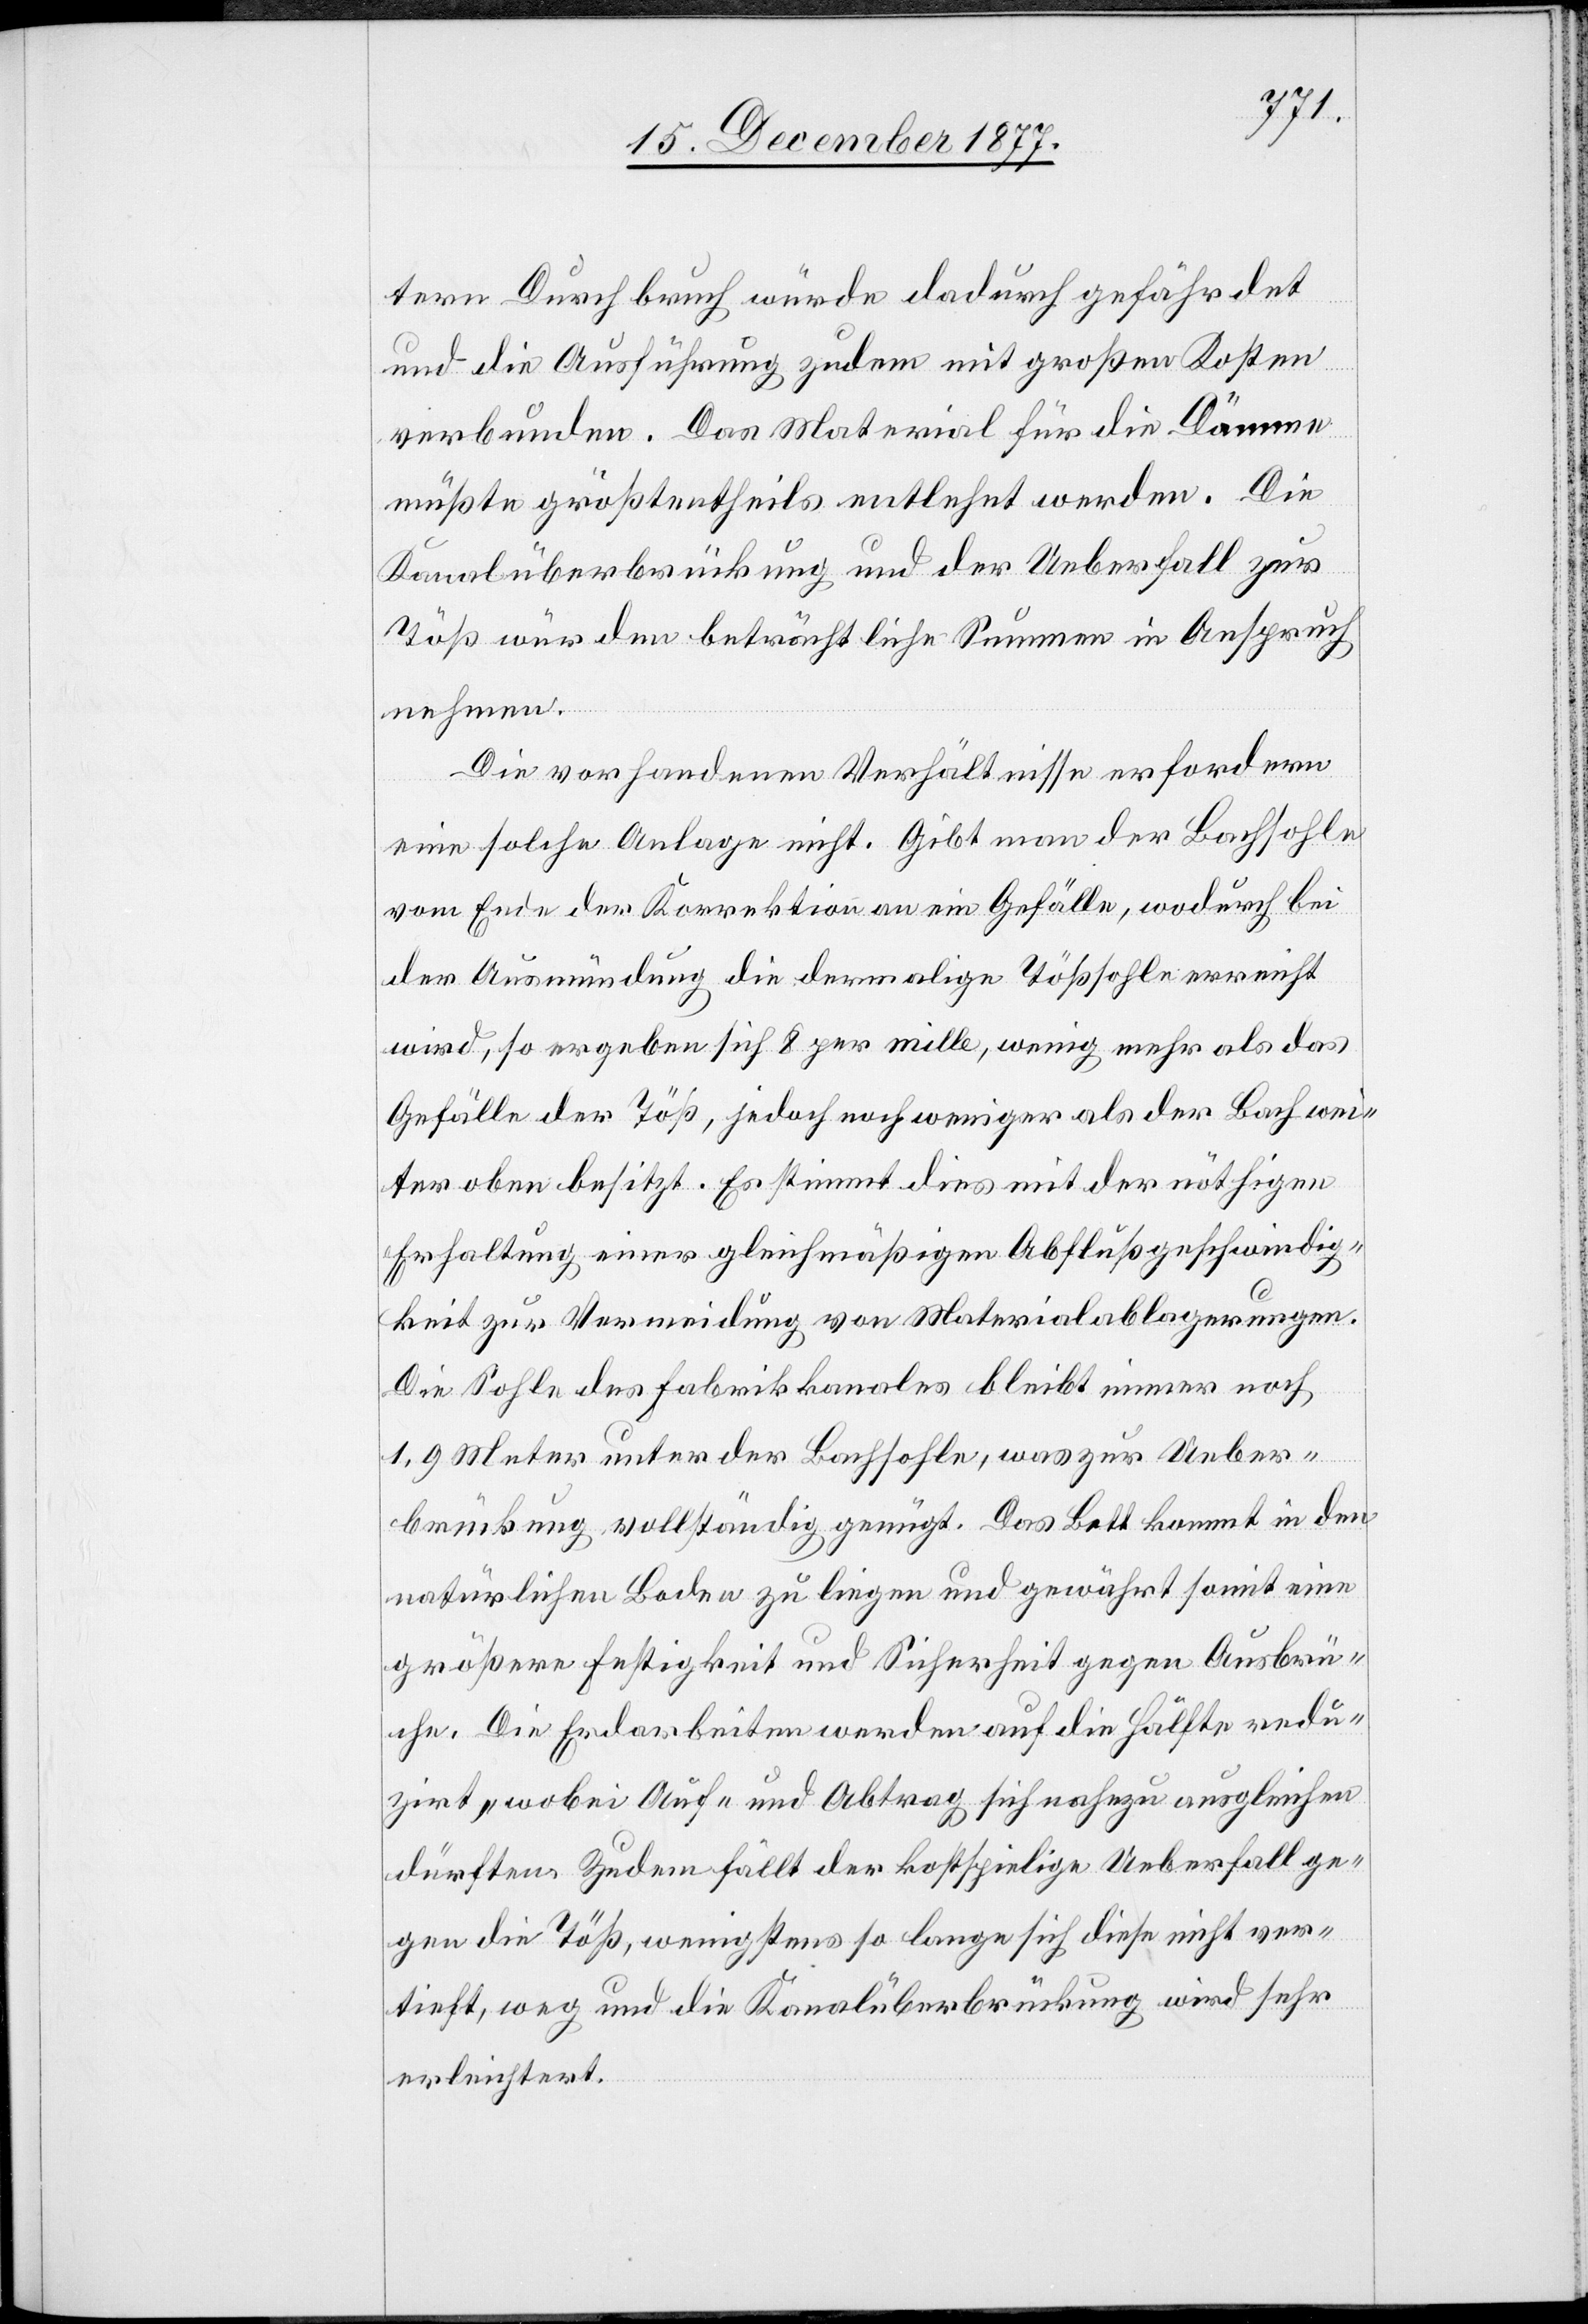
tern Durchbruch würde dadurch gefährdet
und die Ausführung zudem mit großen Kosten
verbunden. Das Material für die Dämme
müßte größtentheils entlehnt werden. Die
Kanalüberbrückung und der Ueberfall zur
Töß würden beträchtliche Summen in Anspruch
nehmen.
Die vorhandenen Verhältnisse erfordern
eine solche Anlage nicht. Gibt man der Bachsohle
vom Ende der Korrektion an ein Gefälle, wodurch bei
der Ausmündung die dermalige Tößsohle erreicht
wird, so ergeben sich 8 per mille, wenig mehr als das
Gefälle der Töß, jedoch noch weniger als der Bach wei¬
ter oben besitzt. Es stimmt dies mit der nöthigen
Erhaltung einer gleichmäßigen Abflußgeschwindig¬
keit zur Vermeidung von Materialablagerungen.
Die Sohle des Fabrikkanales bleibt immer noch
1,9 Meter unter der Bachsohle, was zur Ueber¬
brückung vollständig genügt. Das Bett kommt in den
natürlichen Boden zu liegen und gewährt somit eine
größere Festigkeit und Sicherheit gegen Ausbrü¬
che. Die Erdarbeiten werden auf die Hälfte redu¬
zirt, wobei Auf- und Abtrag sich nahezu ausgleichen
dürften. Zudem fällt der kostspielige Ueberfall ge¬
gen die Töß, wenigstens so lange sich diese nicht ver¬
tieft, weg und die Kanalüberbrückung wird sehr
erleichtert.